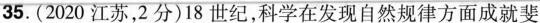
35.(2020江苏，2分)18世纪，科学在发现自然规律方面成就斐